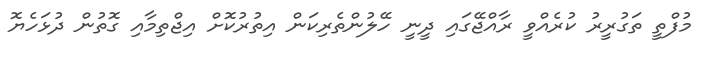
މުފްތީ ތަގުރީރު ކުރެއްވީ ރާއްޖޭގައި ދީނީ ހޭލުންތެރިކަން އިތުރުކޮށް އިޖްތިމާއި ގޮތުން ދުޅަހެޔޮ